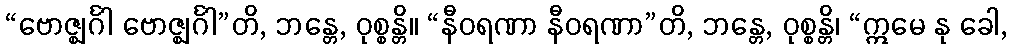
“ဗောဇ္ဈင်္ဂါ ဗောဇ္ဈင်္ဂါ”တိ, ဘန္တေ, ဝုစ္စန္တိ။ “နီဝရဏာ နီဝရဏာ”တိ, ဘန္တေ, ဝုစ္စန္တိ၊ “ဣမေ နု ခေါ,